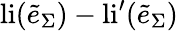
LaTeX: \mathrm{li}(\tilde{e}_{\Sigma})-\mathrm{li}^{\prime}(\tilde{e}_{\Sigma})